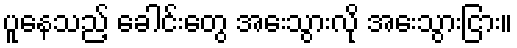
ပူနေသည့် ခေါင်းတွေ အေးသွားလို အေးသွားငြား။